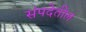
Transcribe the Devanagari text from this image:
संपदेतील